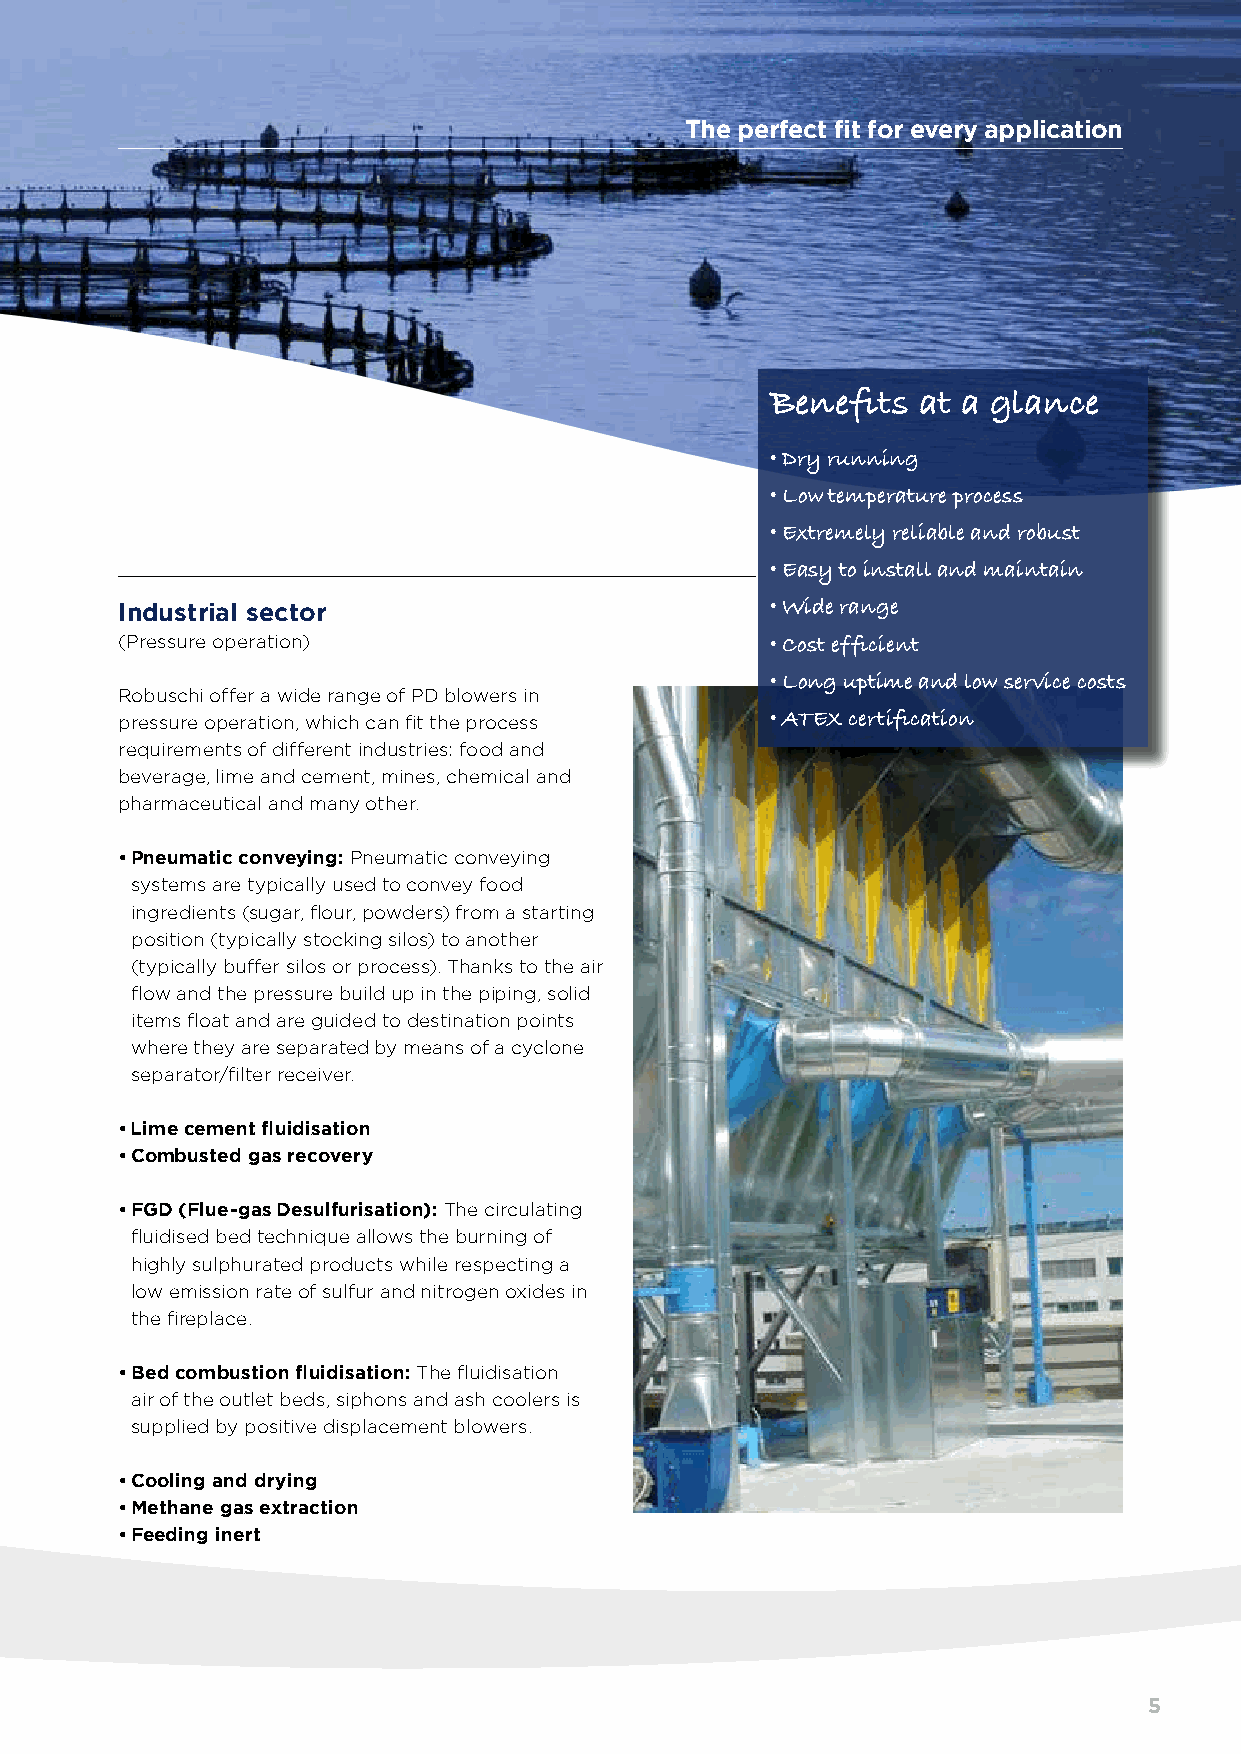
The perfect fit for every application
 Benefits  at a glance
 • Dry running
 • Low temperature process
 • Extremely reliable and robust
 • Easy to install and maintain
 Industrial sector                          • Wide range
 (Pressure operation)                       • Cost efficient
 • Long uptime and low service costs
 Robuschi offer a wide range of PD blowers in
 pressure operation, which can fit the process • ATEX certification
 requirements of different industries: food and
 beverage, lime and cement, mines, chemical and
 pharmaceutical and many other.
 • Pneumatic conveying: Pneumatic conveying
 systems are typically used to convey food
 ingredients (sugar, flour, powders) from a starting
 position (typically stocking silos) to another
 (typically buffer silos or process). Thanks to the air
 flow and the pressure build up in the piping, solid
 items float and are guided to destination points
 where they are separated by means of a cyclone
 separator/filter receiver.
 • Lime cement fluidisation
 • Combusted gas recovery
 • FGD (Flue-gas Desulfurisation): The circulating
 fluidised bed technique allows the burning of
 highly sulphurated products while respecting a
 low emission rate of sulfur and nitrogen oxides in
 the fireplace.
 • Bed combustion fluidisation: The fluidisation
 air of the outlet beds, siphons and ash coolers is
 supplied by positive displacement blowers.
 • Cooling and drying
 • Methane gas extraction
 • Feeding inert
 Processed-oriented
 5